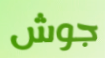
جوش